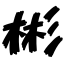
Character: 彬